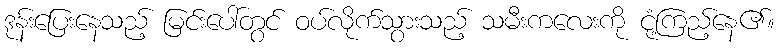
ဒုန်းပြေးနေသည့် မြင်းပေါ်တွင် ဝပ်လိုက်သွားသည့် သမီးကလေးကို ငုံ့ကြည့်နေ၏။